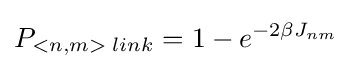
P_{<n,m>\;link}=1-e^{-2\beta J_{nm}}